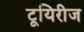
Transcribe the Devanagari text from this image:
टूयिरीज